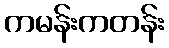
ကမန်းကတန်း